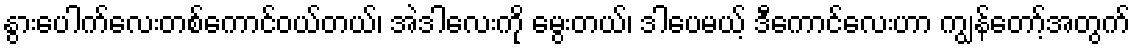
နွားပေါက်လေးတစ်ကောင်ဝယ်တယ်၊ အဲဒါလေးကို မွေးတယ်၊ ဒါပေမယ့် ဒီကောင်လေးဟာ ကျွန်တော့်အတွက်